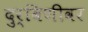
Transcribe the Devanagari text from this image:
दुर्बिणीवर